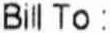
BILL TO :